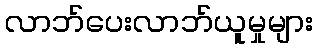
လာဘ်ပေးလာဘ်ယူမှုများ